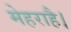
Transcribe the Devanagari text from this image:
मेहराहै।